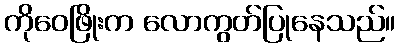
ကိုဝေဖြိုးက လောကွတ်ပြုနေသည်။